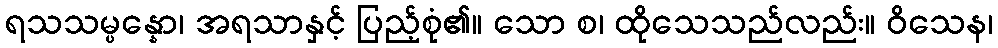
ရသသမ္ပန္နော၊ အရသာနှင့် ပြည့်စုံ၏။ သော စ၊ ထိုသေသည်လည်း။ ဝိသေန၊